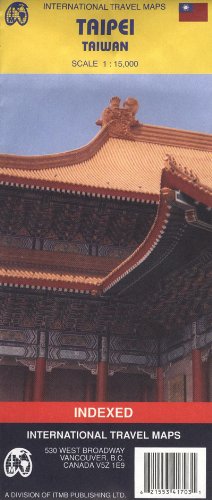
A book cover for Taipei (Taiwan) 1:15,000 2004 (Travel Reference Map); ITM Canada; Travel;